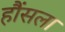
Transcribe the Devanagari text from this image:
हौंसला